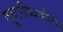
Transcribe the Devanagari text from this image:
दुष्टाब्धिकौर्व।